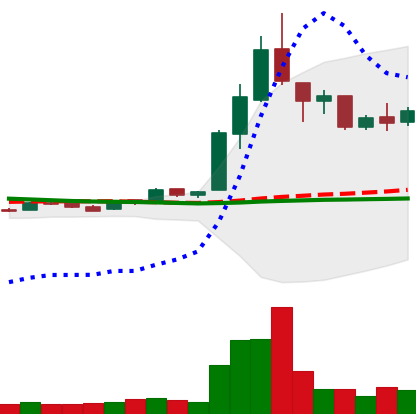
Ticker: LTC-USD
Chart end date: 2016-05-03
Forward return: 5.272%
Label: up_5_7